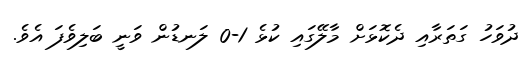
ދުވަހު ގަތަރާއި ދެކޮޅަށް މާލޭގައި ކުޅެ 1-0 ލަނޑުން ވަނީ ބަލިވެފަ އެވެ.